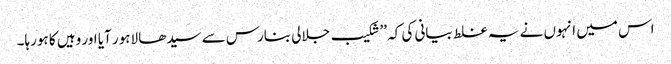
اس میں انہوں نے یہ غلط بیانی کی کہ ’’شکیب جلالی بنارس سے سیدھا لاہور آیا اور وہیں کا ہورہا۔